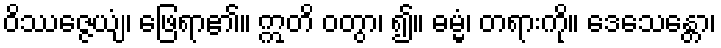
ဝိဿဇ္ဇေယျံ၊ ဖြေရာ၏။ ဣတိ ဝတွာ၊ ၍။ ဓမ္မံ၊ တရားကို။ ဒေသေန္တော၊